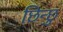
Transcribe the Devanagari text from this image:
छिन्छु